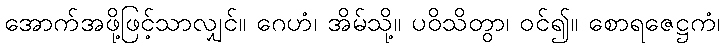
အောက်အဖို့ဖြင့်သာလျှင်။ ဂေဟံ၊ အိမ်သို့။ ပဝိသိတွာ၊ ဝင်၍။ စောရဇေဋ္ဌကံ၊